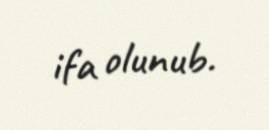
ifa olunub.